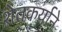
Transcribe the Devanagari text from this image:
शेतकर्याने